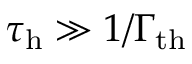
\tau _ { \mathrm { h } } \gg 1 / \Gamma _ { \mathrm { t h } }